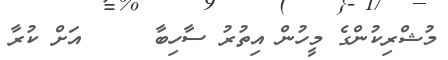
މުޝްރިކުންގެ މީހުން އިތުރު ސާހިބާ     އަށް ކުރާ